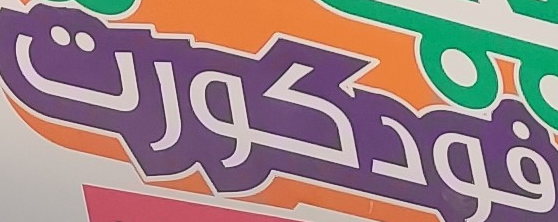
فودكورت